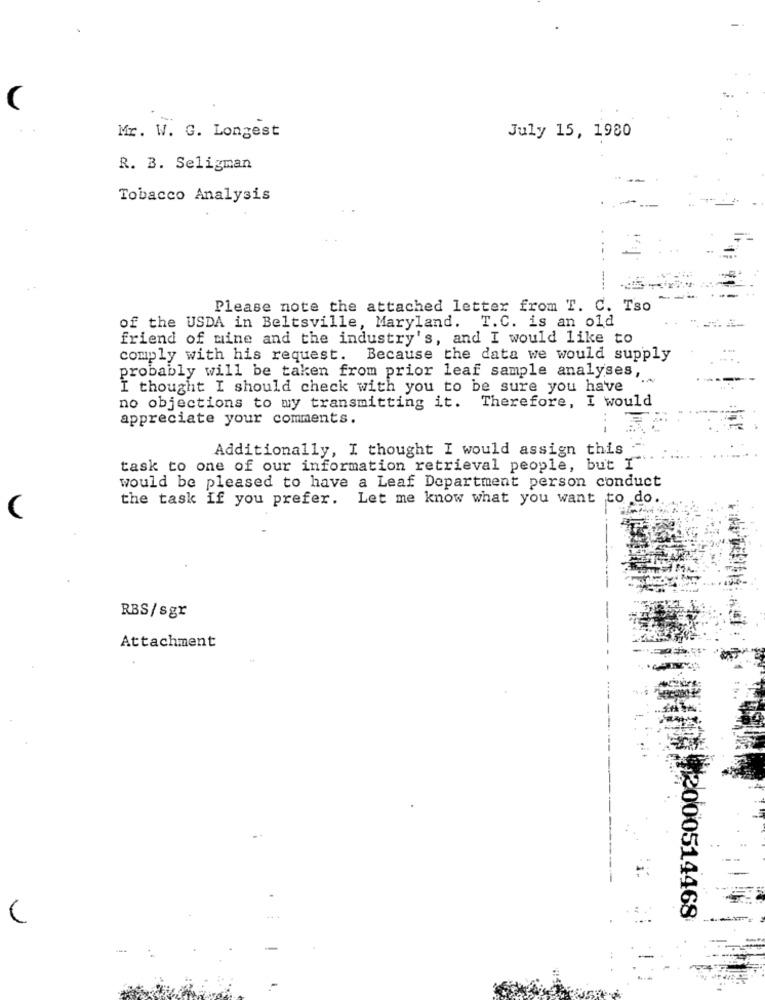
(
Mr. W. G. Longest
July 15, 1980
R. B. Seligman
Tobacco Analysis
----
=
Please note the attached letter from T. C. Tso
of the USDA in Beltsville, Maryland. T.C. is an old
friend of mine and the industry's, and I would like to
comply with his request. Because the data we would supply
probably will be taken from prior leaf sample analyses,
I thought I should check with you to be sure you have
no objections to my transmitting it. Therefore, I would
appreciate your comments.
Additionally, I thought I would assign this
task to one of our information retrieval people, but I
would be pleased to have a Leaf Department person conduct
the task if you prefer. Let me know what you want to do.
RBS/sgr
Attachment
2000514468